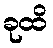
ခုထိ